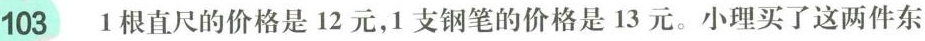
103 1根直尺的价格是12元，1支钢笔的价格是13元。小理买了这两件东